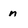
Character: n